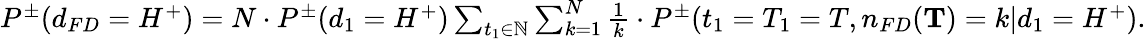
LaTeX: \begin{array}{r}{P^{\pm}(d_{FD}=H^{+})=N\cdot P^{\pm}(d_{1}=H^{+})\sum_{t_{1}\in\mathbb{N}}\sum_{k=1}^{N}\frac{1}{k}\cdot P^{\pm}(t_{1}=T_{1}=T,n_{FD}(\mathbf{T})=k|d_{1}=H^{+}).}\end{array}